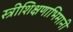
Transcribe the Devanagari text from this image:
स्त्रीशिक्षणाभिमानी